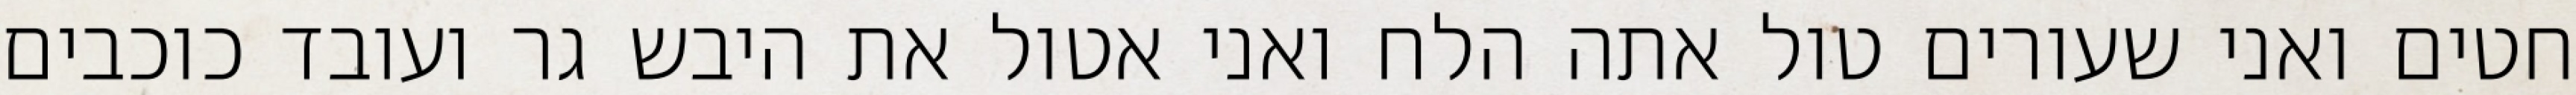
חטים ואני שעורים טול אתה הלח ואני אטול את היבש גר ועובד כוכבים